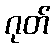
ဂုတ်